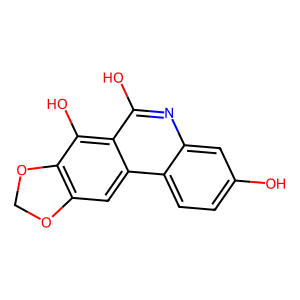
SMILES: Oc1ccc2c(c1)nc(O)c1c(O)c3c(cc12)OCO3
Inhibits HIV replication: No